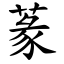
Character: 蒃